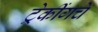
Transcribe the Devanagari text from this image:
ट्रेकींगचे